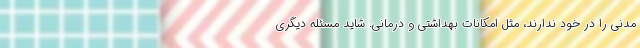
مدنی را در خود ندارند، مثل امکانات بهداشتی و درمانی. شاید مسئله دیگری